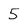
Character: 5